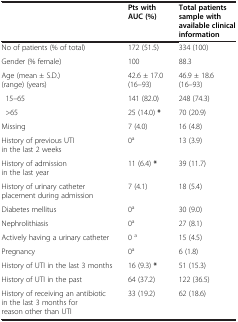
|  | Pts with AUC (%) | Total patients sample with available clinical information |
 | --- | --- | --- |
 | No of patients (% of total) | 172 (51.5) | 334 (100) |
 | Gender (% female) | 100 | 88.3 |
 | Age (mean ± S.D.) (range) (years) | 42.6 ± 17.0 (16–93) | 46.9 ± 18.6 (16–93) |
 | 15–65 | 141 (82.0) | 248 (74.3) |
 | >65 | 25 (14.0) * | 70 (20.9) |
 | Missing | 7 (4.0) | 16 (4.8) |
 | History of previous UTI in the last 2 weeks | 0a | 13 (3.9) |
 | History of admission in the last year | 11 (6.4) * | 39 (11.7) |
 | History of urinary catheter placement during admission | 7 (4.1) | 18 (5.4) |
 | Diabetes mellitus | 0a | 30 (9.0) |
 | Nephrolithiasis | 0a | 27 (8.1) |
 | Actively having a urinary catheter | 0 a | 15 (4.5) |
 | Pregnancy | 0a | 6 (1.8) |
 | History of UTI in the last 3 months | 16 (9.3) * | 51 (15.3) |
 | History of UTI in the past | 64 (37.2) | 122 (36.5) |
 | History of receiving an antibiotic in the last 3 months for reason other than UTI | 33 (19.2) | 62 (18.6) |